Report of the Municipal Commissioner on the plague in Bombay for the year ending 31st May... - Volume 2
Disease focus: Plague
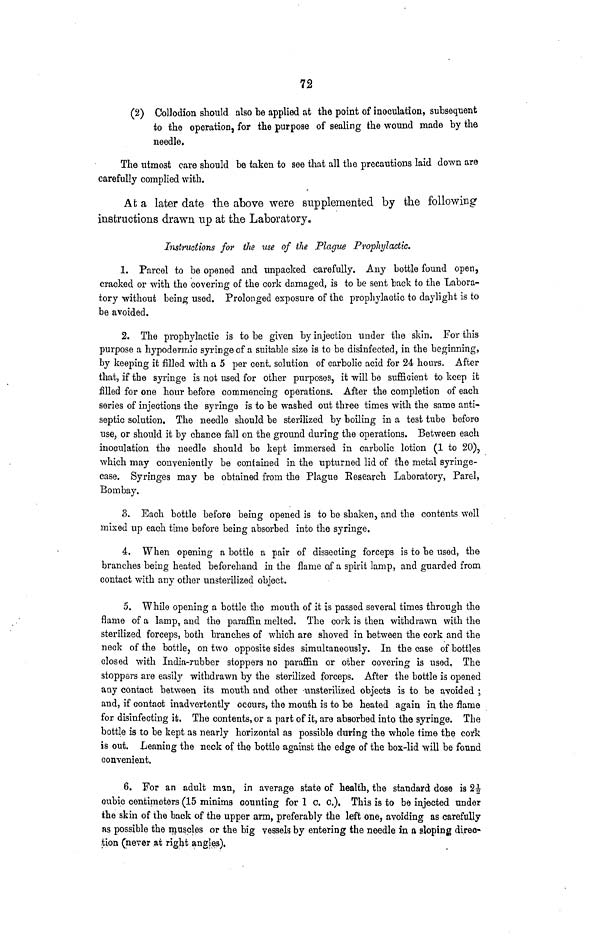
72
(2) Collodion should also be applied at the point of inoculation, subsequent
to the operation, for the purpose of sealing the wound made by the
needle,
The utmost care should be taken to see that all the precautions laid down are
carefully complied with.
At a later date the above were supplemented by the following
instructions drawn up at the Laboratory,
Imtructions for the use of the Plague Prophylactic.
1. Parcel to be opened and unpacked carefully. Any bottle found open,
cracked or with the covering of the cork damaged, is to be sent back to the "Labora-
tory without being used. Prolonged exposure of the prophylactic to daylight is to
be avoided.
2. The prophylactic is to be given by injection under the skin. For this
purpose a hypodermic syringe of a suitable size is to be disinfected, in the beginning,
by keeping it filled with a 5 per cent, solution of carbolic acid for 24 hours. After
that, if the syringe is not used for other purposes, it will be sufficient to keep it
filled for one hour before commencing operations. After the completion of each
series of injections the syringe is to be washed out three times with the same anti-
septic solution. The needle should be sterilized by boiling in a test tube before
use, or should it by chance fall on the ground during the operations. Between each
inoculation the needle should bo kept immersed in carbolic lotion (1 to 20),
which may conveniently be contained in the upturned lid of the metal syringe-
case. Syringes may be obtained from the Plague Research Laboratory, Parel,
Bombay.
3. Each bottle before being opened is to be shaken, and the contents well
mixed up each time before being absorbed into the syringe.
4. When opening a bottle a pair of dissecting forceps is to be used, the
branches being heated beforehand in the flame of a spirit lamp, and guarded from
contact with any other unsterilized object.
5. While opening a bottle the mouth of it is passed several times through the
flame of a lamp, and the paraffin melted. The cork is then withdrawn with the
sterilized forceps, both branches of which are shoved in between the cork and the
neck of the bottle, on two opposite sides simultaneously. In the case of bottles
closed with India-rubber stoppers no paraffin or other covering is used. The
stoppers are easily withdrawn by the sterilized forceps. After the bottle is opened
any contact between its mouth and other unsterilized objects is to be avoided j
and, if contact inadvertently occurs, the mouth is to be heated again in the flame
for disinfecting it. The contents, or a part of it, are absorbed into the syringe. The
bottle is to be kept as nearly horizontal as possible during the whole time the cort
is out. Leaning the neck of the bottle against the edge of the box-lid will be found
convenient.
6. For an adult man, in average state of health, the standard dose is 2ĉ
ubic centimeters (15 minims counting for 1 c. c.). This is to be injected under
the skin of the back of the upper arm, preferably the left one, avoiding as carefully
as possible the muscles or the big vessels by entering the needle in a sloping direc-
tion (never at right angles),